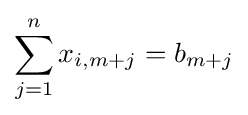
\sum _{j=1}^{n}{x_{i,m+j}}=b_{m+j}